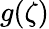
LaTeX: g(\zeta)